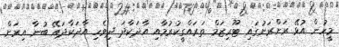
މީހުން އުޅޭ ރަށްރަށުގައި ޓޫރިޒަމް ތަރައްގީކުރުމާއި އާދަކާދަ ދިވެހި އާދަކާދައޭ ބުނާ އިރަށް